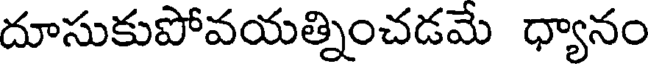
దూసుకుపోవయత్నించడమే ధ్యానం